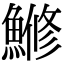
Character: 𫙯